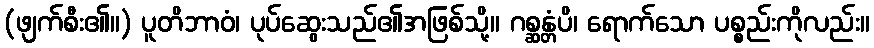
(ဖျက်စီး၏။) ပူတိဘာဝံ၊ ပုပ်ဆွေးသည်၏အဖြစ်သို့။ ဂစ္ဆန္တံပိ၊ ရောက်သော ပစ္စည်းကိုလည်း။